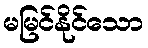
မမြင်နိုင်သော